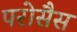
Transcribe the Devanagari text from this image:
परोसैस